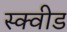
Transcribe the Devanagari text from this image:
स्क्वीड